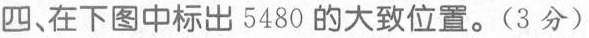
四丶在下图中标出5480的大致位置。（3分）